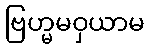
ဗြဟ္မမဝှယာမ